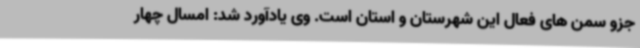
جزو سمن های فعال این شهرستان و استان است. وی یادآورد شد: امسال چهار